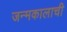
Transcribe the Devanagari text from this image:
जन्मकालाची